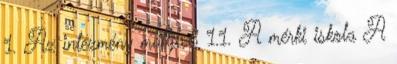
1. Az intézmény múltja.8 1.1. A mérki iskola A